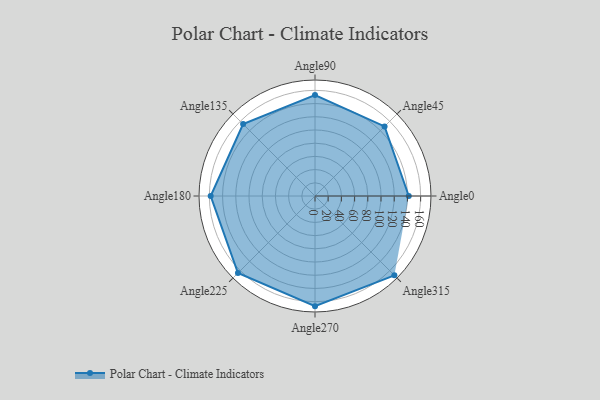
{"axis": {"x": "Angle", "y": "Radius"}, "legend": [""], "data": [{"x": "Angle0", "y": 142.0, "type": ""}, {"x": "Angle45", "y": 149.0, "type": ""}, {"x": "Angle90", "y": 153.0, "type": ""}, {"x": "Angle135", "y": 154.0, "type": ""}, {"x": "Angle180", "y": 158.0, "type": ""}, {"x": "Angle225", "y": 165.0, "type": ""}, {"x": "Angle270", "y": 167.0, "type": ""}, {"x": "Angle315", "y": 170, "type": ""}]}